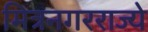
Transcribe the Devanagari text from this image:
मित्रनगरराज्ये